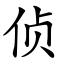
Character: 侦